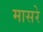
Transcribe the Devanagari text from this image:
मासरे